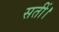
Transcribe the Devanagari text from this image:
सतीं।